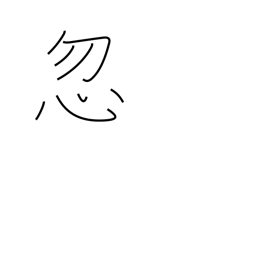
Meaning: neglect